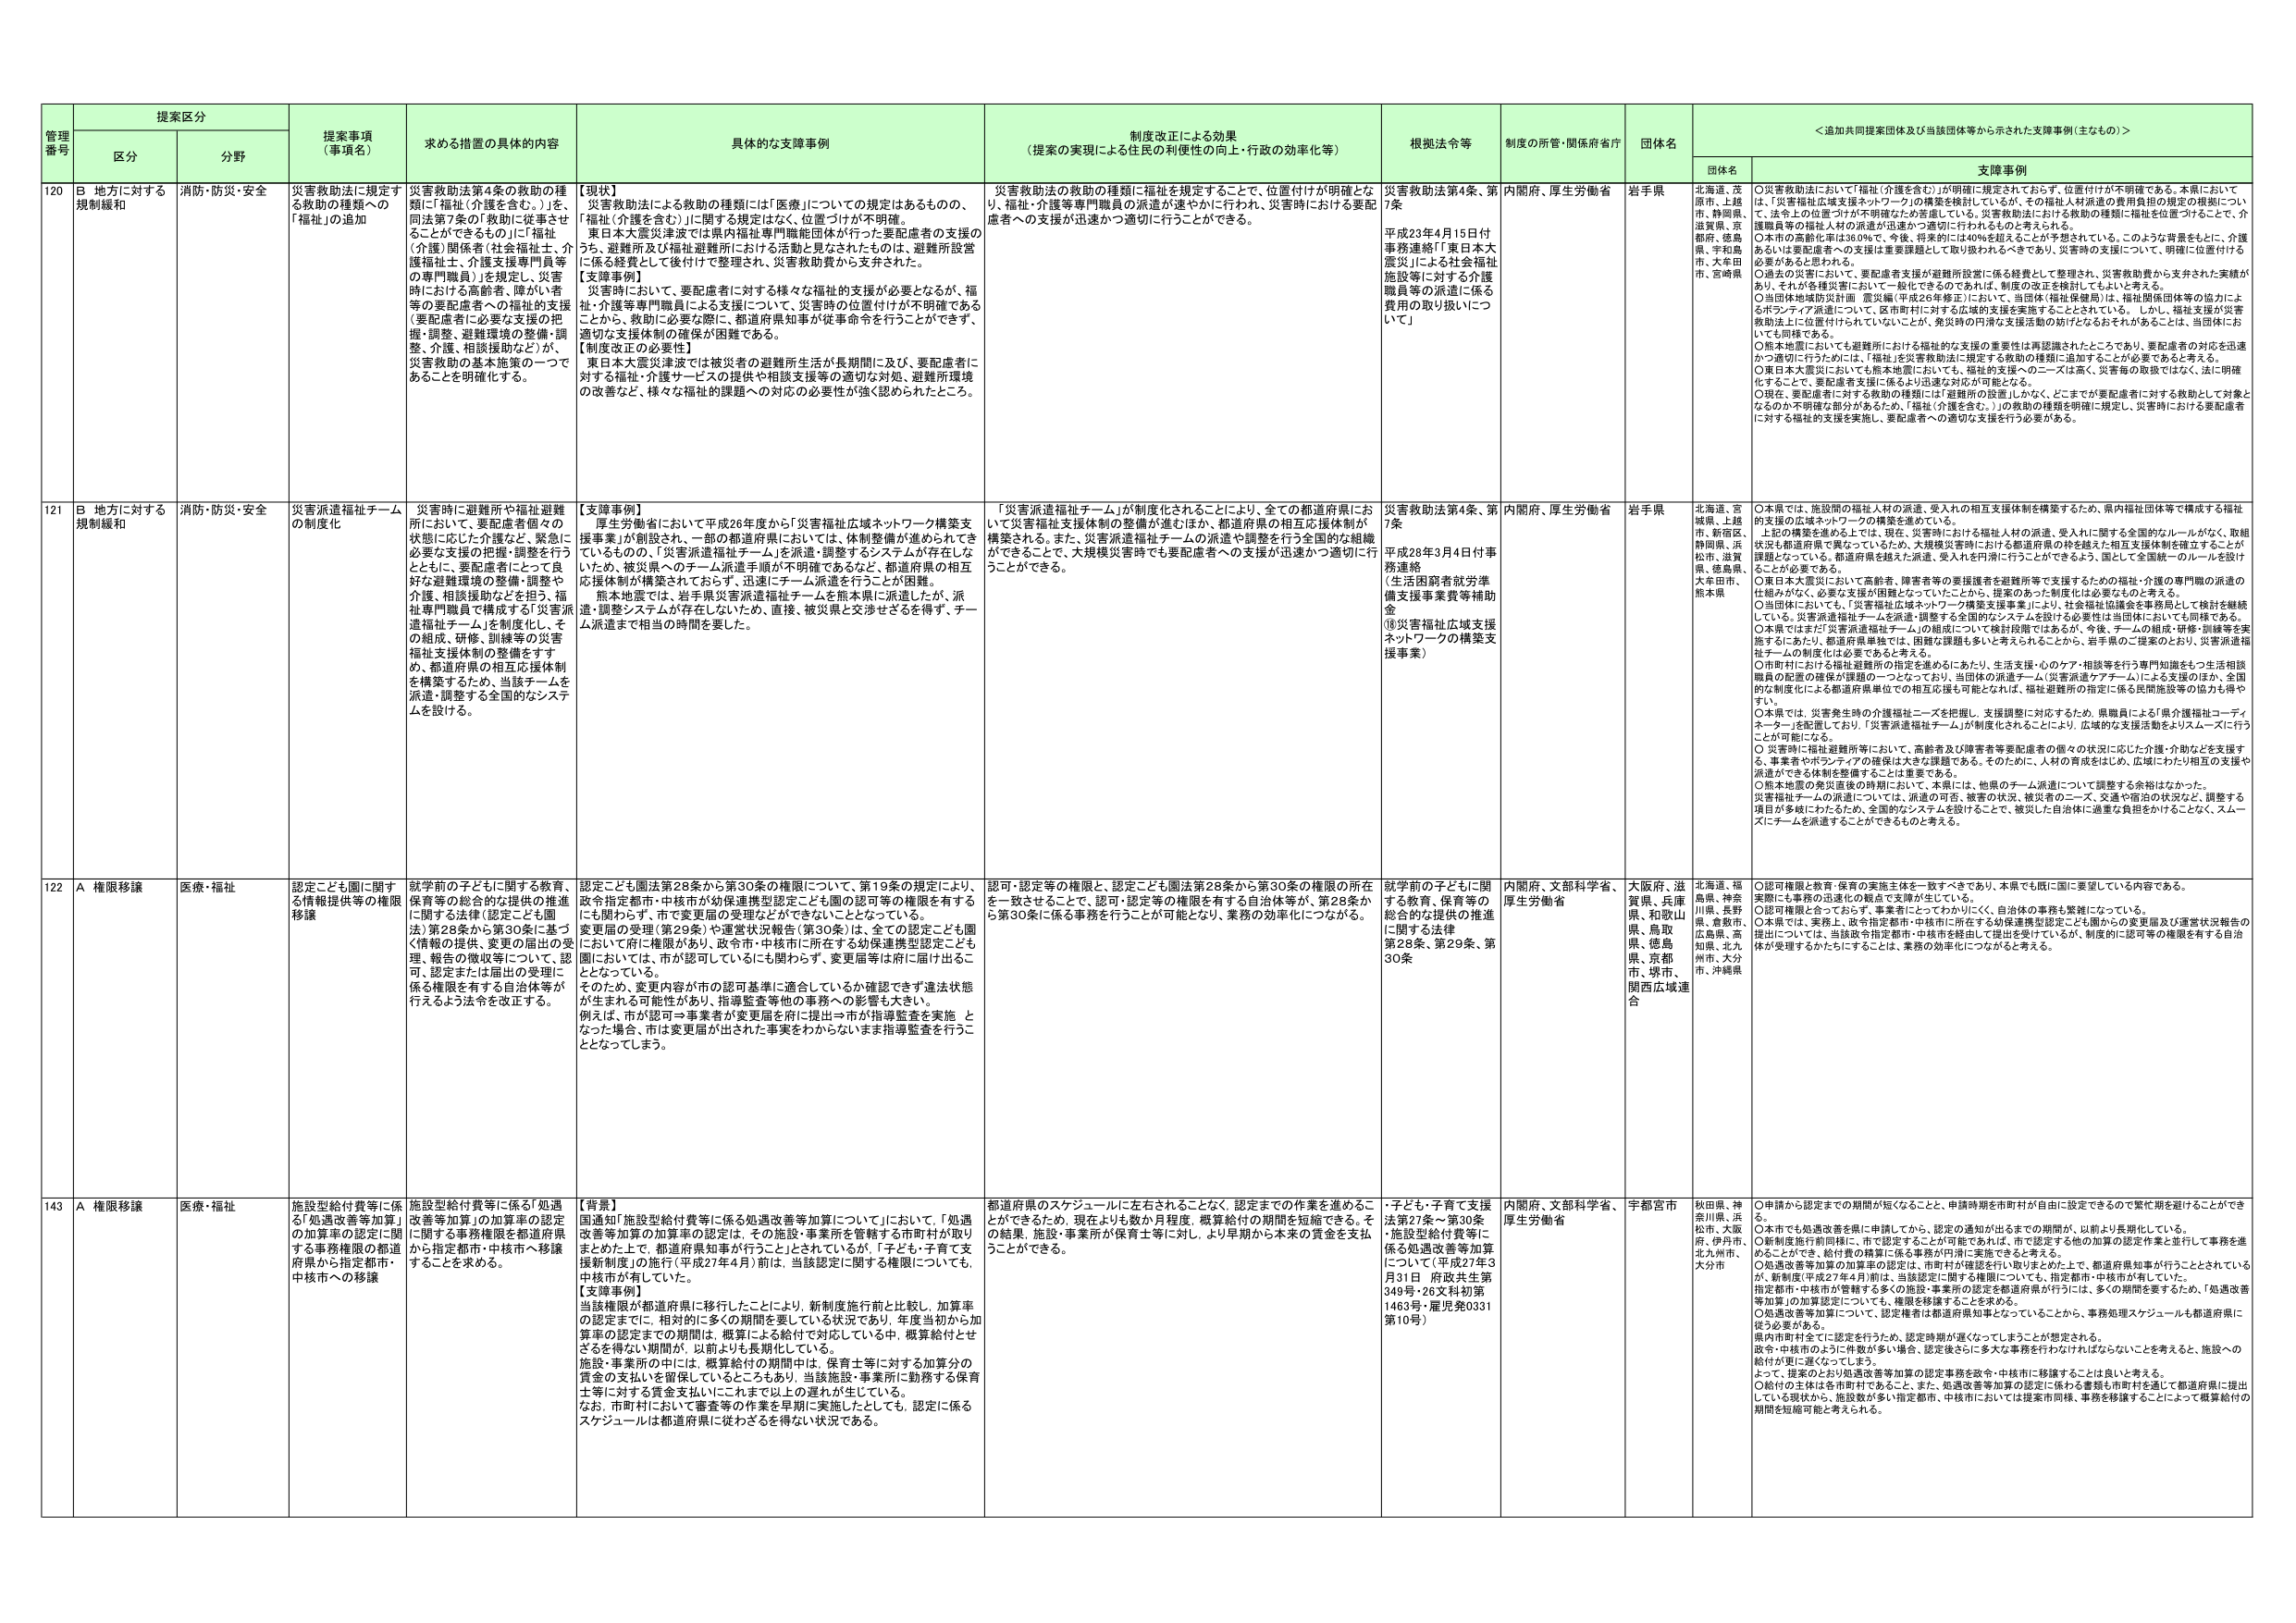
管理番号 提案区分 提案事項（事項名） 求める措置の具体的内容 具体的な支援事例 制度改正による効果（提案の実現による住民の利便性の向上・行政の効率化等） 根拠法令等 制度の所管・関係府省庁 団体名 ＜追加共同提案団体及び当該団体等から示された支援事例（主なもの）＞

区分 分野

団体名 支援事例

120 B 地方に対する規制緩和 消防・防災・安全 災害救助法に規定する救助の種類への「福祉」の追加 災害救助法第4条の救助の種類に「福祉（介護を含む。）」を、同法第7条の「救助に従事させることができるものの」に「福祉（介護）関係者（社会福祉士、介護福祉士、介護支援専門員等の専門職員）」を規定し、災害時における高齢者、障がい者等の要配慮者への福祉の支援（要配慮者に必要な支援の把握・調整、避難環境の整備・調整、介護、相談援助など）が、災害救助の基本施策の一つであることを明確化する。 【現状】 災害救助法による救助の種類には「医療」についての規定はあるものの、「福祉（介護を含む）」に関する規定はなく、位置づけが不明確。 東日本大震災津波では県内福祉専門職能団体が行った要配慮者の支援のうち、避難所及び福祉避難所における活動と見なされたものは、避難所設営に係る経費として後付けで整理され、災害救助費から支弁された。 【支援事例】 災害時において、要配慮者に対する様々な福祉的支援が必要となるが、福祉・介護等専門職員による支援について、災害時の位置付けが不明確であることから、救助に必要な際に、都道府県知事が従事命令を行うことができず、適切な支援体制の確保が困難である。 【制度改正の必要性】 東日本大震災津波では被災者の避難所生活が長期間に及び、要配慮者に対する福祉・介護サービスの提供や相談支援等の適切な対処、避難所環境の改善など、様々な福祉的課題への対応の必要性が強く認められたところ。 災害救助法の救助の種類に福祉を規定することで、位置付けが明確となり、福祉・介護等専門職員の派遣が速やかに行われ、災害時における要配慮者への支援が迅速かつ適切に行うことができる。 災害救助法第4条、第7条 平成23年4月15日付事務連絡「東日本大震災による社会福祉施設等に対する介護職員等の派遣に係る費用の取り扱いについて」 内閣府、厚生労働省 岩手県 北海道、茨城県、上越市、静岡県、滋賀県、京都府、徳島県、宇和島市、大牟田市、宮崎県 ○災害救助法において「福祉（介護を含む）」が明確に規定されておらず、位置付けが不明確である。本県においては、「災害福祉広域支援ネットワーク」の構築を検討しているが、その福祉人材派遣の費用負担の規定の根拠について、法令上の位置づけが不明確なため苦慮している。災害救助法における救助の種類に福祉を位置づけることで、介護職員等の福祉人材の派遣が迅速かつ適切に行われるものと考えられる。 ○本県の高齢化率は36.0％で、今後、将来的には40％を超えることが予想されている。このような背景をもとに、介護あるいは要配慮者への支援は重要課題として取り扱われるべきであり、災害時の支援について、明確に位置付けが必要があると思われる。 ○過去の災害において、要配慮者支援が避難所設営に係る経費として整理され、災害救助費から支弁された実績があり、それが各種災害において一般化できるのであれば、制度の改正を検討してもよいと考える。 ○当団体地域防災計画（震災編（平成26年修正））において、当団体（福祉保健局）は、福祉関係団体等の協力によるボランティア派遣について、市町村に対してする広域的支援を実施することとしている。しかし、福祉支援が災害救助法上に位置付けられていないことが、発災時の円滑な支援活動の妨げとなるおそれがあることは、当団体においても同様である。 ○熊本地震においても避難所における福祉的な支援の重要性は再認識されたところであり、要配慮者の対応を迅速かつ適切に行うために、「福祉」を災害救助法に規定する救助の種類に追加することが必要であると考える。 ○東日本大震災においても熊本地震においても、福祉的支援へのニーズは高く、災害毎の取扱ではなく、法に明確化することで、要配慮者支援に係るより迅速な対応が可能となる。 ○現在、要配慮者に対する救助の種類には「避難所の設置」しかなく、どこまでが要配慮者に対する救助として対象となるのか不明確な部分があるため、「福祉（介護を含む。）」の救助の種類を明確に規定し、災害時における要配慮者に対する福祉的支援を実施し、要配慮者への適切な支援を行う必要がある。

121 B 地方に対する規制緩和 消防・防災・安全 災害派遣福祉チームの制度化 災害時に避難所や福祉避難所において、要配慮者個々の状態に応じた介護など、緊急に必要な支援の把握・調整を行うとともに、要配慮者にとって良好な避難環境の整備・調整や介護、相談援助などを担う、福祉専門職員で構成する「災害派遣福祉チーム」を制度化し、その組成、研修、訓練等の災害福祉支援体制の整備をすすめ、都道府県の相互応援体制を構築するため、当該チームを派遣・調整する全国的なシステムを設ける。 【支援事例】 厚生労働省において平成26年度から「災害福祉広域ネットワーク構築支援事業」が創設され、一部の都道府県においては、体制整備が進められてきているものの、「災害派遣福祉チーム」を派遣・調整するシステムが存在しないため、被災県へのチーム派遣手順が不明確であるなど、都道府県の相互応援体制が構築されておらず、迅速にチーム派遣を行うことが困難。 熊本地震では、岩手県災害派遣福祉チームを熊本県に派遣したが、派遣・調整システムが存在しないため、直接、被災県と交渉せざるを得ず、チーム派遣まで相当の時間を要した。 「災害派遣福祉チーム」が制度化されることにより、全ての都道府県におい て災害福祉支援体制の整備が進むほか、都道府県の相互応援体制が構築される。また、災害派遣福祉チームの派遣や調整を行う全国的な組織ができることで、大規模災害時でも要配慮者への支援が迅速かつ適切に行うことができる。 災害救助法第4条、第7条 平成28年3月4日付事務連絡 （生活困窮者就労準備支援事業費等補助金 ⑱災害福祉広域支援ネットワークの構築支援事業） 内閣府、厚生労働省 岩手県 北海道、宮城県、上越市、新宿区、静岡県、浜松市、滋賀県、徳島県、大牟田市、熊本県 ○本県では、施設間の福祉人材の派遣、受入れの相互支援体制を構築するため、県内福祉団体等で構成する福祉的支援の広域ネットワークの構築を進めている。 上記の構築を進める上では、現在、災害時における福祉人材の派遣、受入れに関する全国的なルールがなく、取組状況も都道府県で異なっているため、大規模災害時における都道府県の枠を越えた相互支援体制を確立することが課題となっている。都道府県を越えた派遣、受入れを円滑に行うことができるよう、国として全国統一のルールを設けることが必要である。 ○東日本大震災において高齢者、障害者等の要援護者を避難所等で支援するための福祉・介護の専門職の派遣の仕組みがなく、必要な支援が困難となっていたことから、提案のあった制度化は必要なものと考える。 ○当団体においても、「災害福祉広域ネットワーク構築支援事業」により、社会福祉協議会を事務局として検討を継続しているが、災害派遣福祉チームを派遣・調整する全国的なシステムを設ける必要性は当団体においても同様である。 ○本県ではまだ「災害派遣福祉チーム」の組成について検討段階ではあるが、今後、チームの組成・研修・訓練等を実施するにあたり、都道府県単独では、困難な課題も多いと考えられるところから、岩手県のご提案のとおり、災害派遣福祉チームの制度化は必要であると考える。 ○市町村における福祉避難所の指定を進めるにあたり、生活支援・心のケア・相談等を行う専門知識をもつ生活相談職員の配置の確保が課題の一つとなっており、当団体の派遣チーム（災害派遣ケアチーム）による支援のほか、全国的な制度化による都道府県単位での相互応援も可能となれば、福祉避難所の指定に係る民間施設等の協力も得やすい。 ○本県では、災害発生時の介護福祉ニーズを把握し、支援調整に対応するため、県職員による「県介護福祉コーディネーター」を配置しており、「災害派遣福祉チーム」が制度化されることにより、広域的な支援活動をよりスムーズに行うことが可能になる。 ○災害時に福祉避難所等において、高齢者及び障害者等要配慮者の個々の状況に応じた介護・介助などを支援する、事業者やボランティアの確保は大きな課題である。そのためには、人材の育成をはじめ、広域にわたり相互の支援や派遣ができる体制を整備することは重要である。 ○熊本地震の発災直後の時期において、本県には、他県のチーム派遣について調整する余裕はなかった。災害福祉チームの派遣については、派遣の可否、被害の状況、被災者のニーズ、交通や宿泊の状況など、調整する項目が多岐にわたるため、全国的なシステムを設けることで、被災した自治体に過重な負担をかけることなく、スムーズにチームを派遣することができるものと考える。

122 A 権限移譲 医療・福祉 認定こども園に関する情報提供等の権限移譲 就学前の子どもに関する教育、保育等の総合的な提供の推進に関する法律（認定こども園法）第28条から第30条に基づく情報の提供、変更の届出の受理・報告の徴収等について、認可・認定または届出の受理が係る権限を有する自治体等が行えるよう法令を改正する。 認定こども園法第28条から第30条の権限について、第19条の規定により、政令指定都市・中核市が幼保連携型認定こども園の認可等の権限を有するにも関わらず、市で変更届の受理などができないこととなっている。 変更届の受理（第29条）や運営状況報告（第30条）は、全ての認定こども園において市に権限があり、政令市・中核市に所在する幼保連携型認定こども園においては、市が認可しているにも関わらず、変更届等は府に届け出ることとなっている。 そのため、変更内容が市の認可基準に適合しているか確認できず違法状態が生まれる可能性があり、指導監査等他の事務への影響も大きい。 例えば、市が認可→事業者が変更届を府に提出→市が指導監査を実施 となった場合、市は変更届が出された事実をわからないまま指導監査を行うこととなってしまう。 認可・認定等の権限と、認定こども園法第28条から第30条の権限の所在を一致させることで、認可・認定等の権限を有する自治体等が、第28条から第30条に係る事務を行うことが可能となり、業務の効率化につながる。 就学前の子どもに関する教育、保育等の総合的な提供の推進に関する法律 第28条、第29条、第30条 内閣府、文部科学省、厚生労働省 大阪府、滋賀県、兵庫県、和歌山県、鳥取県、徳島県、京都府、堺市、関西広域連合 北海道、福島県、神奈川県、長野県、倉敷市、広島県、高知県、北九州市、大分市、沖縄県 ○認可権限と教育・保育の実施主体を一致すべきであり、本県でも既に国に要望している内容である。 実際にも事務の迅速化の観点で実務が生じている。 ○認可権限と合っておらず、事業者にとってわかりにくく、自治体の事務も繁雑になっている。 ○本県では、実務上、政令指定都市・中核市に所在する幼保連携型認定こども園からの変更届及び運営状況報告の提出については、当該政令指定都市・中核市を経由して提出を受けていながら、制度的に認可等の権限を有する自治体が受理するかたちになることは、業務の効率化につながると考える。

143 A 権限移譲 医療・福祉 施設型給付費等に係る「処遇改善等加算」の加算率の認定に関する事務権限の都道府県から指定都市・中核市への移譲 施設型給付費等に係る「処遇改善等加算」の加算率の認定に関する事務権限を都道府県から指定都市・中核市へ移譲することを求める。 【背景】 国通知「施設型給付費等に係る処遇改善等加算について」において、「処遇改善等加算の加算率の認定は、その施設・事業所を管轄する市町村が取りまとめた上で、都道府県知事が行うこと」とされているが、「子ども・子育て支援新制度」の施行（平成27年4月）前は、当該認定に関する権限についても、中核市が有していた。 【支援事例】 当該権限が都道府県に移行したことにより、新制度施行前と比較し、加算率の認定までに、相対的に多くの期間を要している状況であり、年度当初から加算率の認定までの期間は、概算による給付で対応している中、概算給付とせざるを得ない期間が、以前よりも長期化している。 施設・事業所の中には、概算給付の期間中は、保育士等に対する加算分の賃金の支払いを留保しているところでもあり、当該施設・事業所に勤務する保育士等に対する賃金支払いにこれまで以上に遅れが生じている。 なお、市町村において審査等の作業を早期に実施したとしても、認定に係るスケジュールは都道府県に従わざるを得ない状況である。 都道府県のスケジュールに左右されることなく、認定までの作業を進めることができるため、現在よりも数か月程度、概算給付の期間を短縮できる。その結果、施設・事業所が保育士等に対し、より早期から本来の賃金を支払うことができる。 ・子ども・子育て支援法第27条～第30条・施設型給付費等に係る処遇改善等加算について（平成27年3月31日 府政共生第349号・26文科初第1463号・雇児発0331第10号） 内閣府、文部科学省、厚生労働省 宇都宮市 秋田県、神奈川県、浜松市、大阪府、伊丹市、北九州市、大分市 ○申請から認定までの期間が短くなることと、申請時期を市町村が自由に設定できるので繁忙期を避けることができる。 ○本県でも処遇改善を県に申請してから、認定の通知が出るまでの期間が、以前より長期化している。 ○新制度施行前同様に、市で認定することは可能であれば、市で認定する他の加算の認定作業と並行して事務を進めることができ、給付費の概算に係る事務が円滑に実施できると考える。 ○処遇改善等加算の加算率の認定は、市町村が確認を行い取りまとめた上で、都道府県知事が行うこととされているが、新制度（平成27年4月）前は、当該認定に関する権限についても、指定都市・中核市が有していた。 指定都市・中核市が管轄する多くの施設・事業所の認定を都道府県が行うには、多くの期間を要するため、「処遇改善等加算」の加算認定についても、権限を移譲することを求める。 ○処遇改善等加算について、認定権者は都道府県知事となっていることから、事務処理スケジュールも都道府県に従う必要がある。 県内市町村全てに認定を行うため、認定時期が遅くなってしまうことが想定される。 政令・中核市のよう一件数が多い場合、認定後さらに多大な事務を行わなければならないことを考えると、施設への給付が更に遅くなってしまう。 よって、提案のとおり処遇改善等加算の認定事務を政令・中核市に移譲することは良いと考える。 ○給付の主体は各市町村であることに、処遇改善等加算の認定に係る書類も市町村を通じて都道府県に提出している現状から、施設数が多い指定都市、中核市においては提案市同様、事務を移譲することによって概算給付の期間を短縮可能と考えられる。